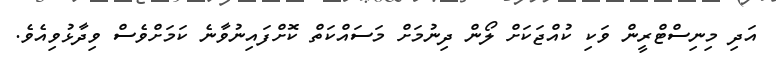
އަދި މިނިސްޓްރީން ވަކި ކުއްޖަކަށް ލޯން ދިނުމަށް މަސައްކަތް ކޮށްފައިނުވާނެ ކަމަށްވެސް ވިދާޅުވިއެވެ.